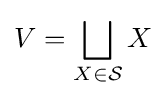
V=\bigsqcup _{X\in {\mathcal {S}}}X